Annual returns of the Patna Lunatic Asylum at Bankipore in Bihar and Orissa - 1912-1924
Year: 1912
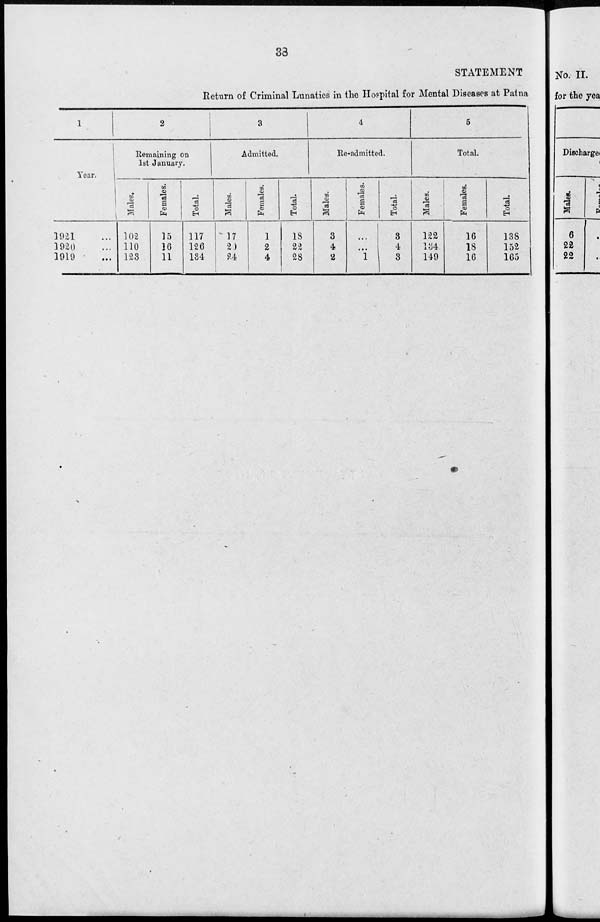
38
STATEMENT
Return of Criminal Lunatics in the Hospital for Mental Diseases at Patna
1
Year.
1921 ...
1920 ...
1919 ...
2
Remaining on
1st January.
Males.
102
110
123
Females.
15
16
11
Total.
117
126
134
3
Admitted.
Males.
17
20
24
Females.
1
2
4
Total.
18
22
28
4
Re-admitted.
Males.
3
4
2
Females.
...
...
1
Total.
3
4
3
5
Total.
Males.
122
134
149
Females.
16
18
16
Total.
138
152
165